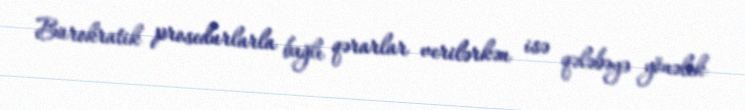
Bürokratik prosedurlarla bağlı qərarlar verilərkən isə qələbəyə yönəlik